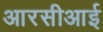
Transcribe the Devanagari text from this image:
आरसीआई